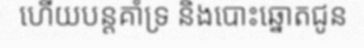
ហើយបន្តគាំទ្រ និងបោះឆ្នោតជូន